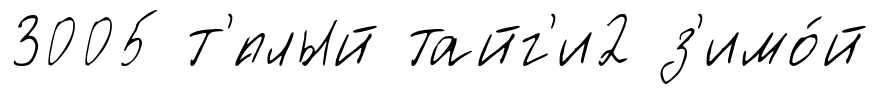
3005 т'́плый тайг'и2 з'имо́й